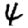
Digit: 4